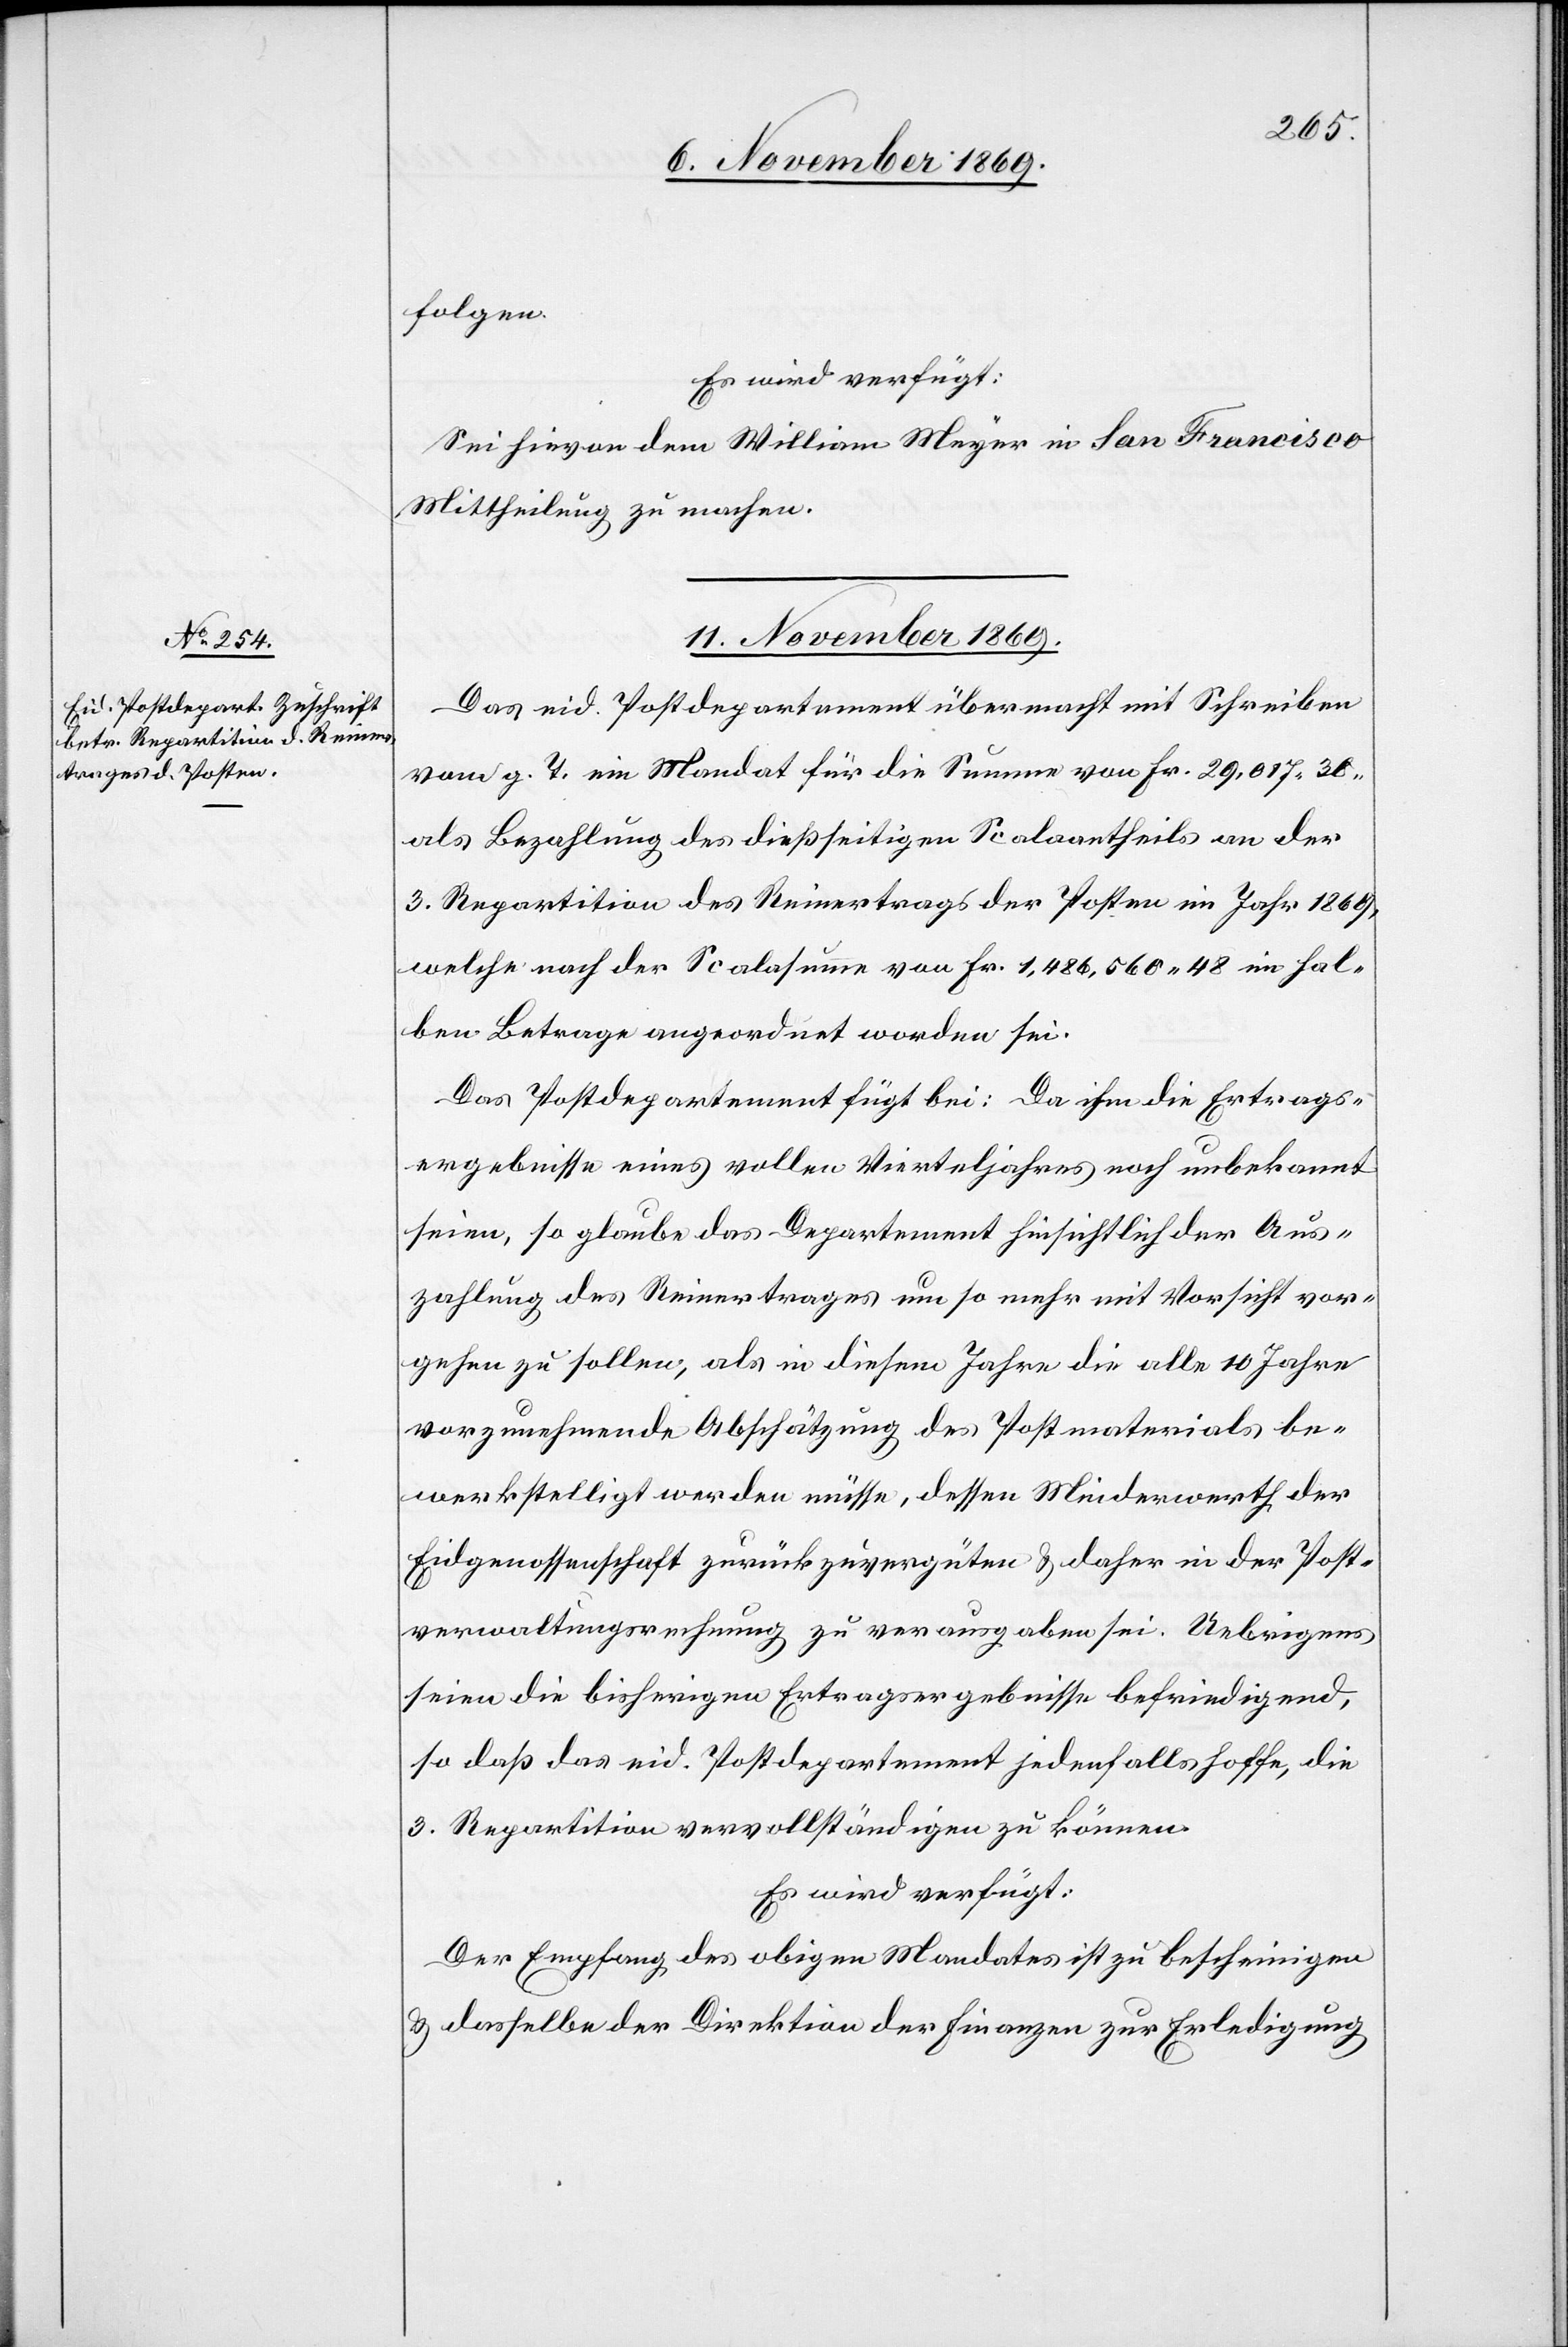
folgen.
Es wird verfügt:
Sei hievon dem William Meyer in San Francisco
Mittheilung zu machen.
11. November 1869.
Das eid. Postdepartement übermacht mit Schreiben
vom g. T. ein Mandat für die Summe von Fr. 29,017.30
als Bezahlung des dießseitigen Scalaantheils an der
3. Repartition des Reinertrags der Posten im Jahr 1869,
welche nach der Scalasumme von Fr. 1,486,560.48 im hal¬
ben Betrage angeordnet worden sei.
Das Postdepartement fügt bei: Da ihm die Ertrags¬
ergebnisse eines vollen Vierteljahres noch unbekannt
seien, so glaube das Departement hinsichtlich der Aus¬
zahlung des Reinertrages um so mehr mit Vorsicht vor¬
gehen zu sollen, als in diesem Jahre die alle 10 Jahre
vorzunehmende Abschätzung des Postmaterials be¬
werkstelligt werden müsse, dessen Minderwerth der
Eidgenossenschaft zurückzuvergüten & daher in der Post¬
verwaltungsrechnung zu verausgaben sei. Uebrigens
seien die bisherigen Ertragsergebnisse befriedigend,
so daß das eid. Postdepartement jedenfalls hoffe, die
3. Repartition vervollständigen zu können.
Es wird verfügt:
Der Empfang des obigen Mandates ist zu bescheinigen
& dasselbe der Direktion der Finanzen zur Erledigung